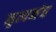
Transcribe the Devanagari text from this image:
नृत्यमंच